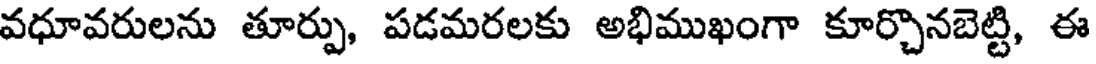
వధూవరులను తూర్పు, పడమరలకు అభిముఖంగా కూర్చొనబెట్టి, ఈ